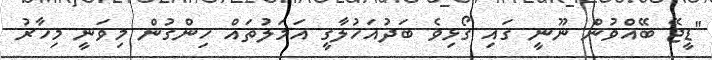
"ޑީޖޭ ބޭއްވުން ނޫނީ ގައި ގޯޅިވެ ބަދުއަހުލާގީ އަމަލުތައް ހިންގުން މިވަނީ މިހާރު